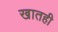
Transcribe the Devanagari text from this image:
खातही